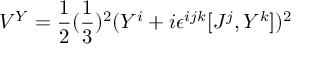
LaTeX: V ^ { Y } = { \frac { 1 } { 2 } } ( { \frac { 1 } { 3 } } ) ^ { 2 } ( Y ^ { i } + i \epsilon ^ { i j k } [ J ^ { j } , Y ^ { k } ] ) ^ { 2 }